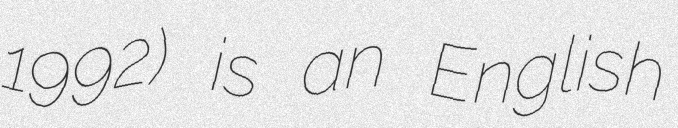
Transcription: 1992) is an English